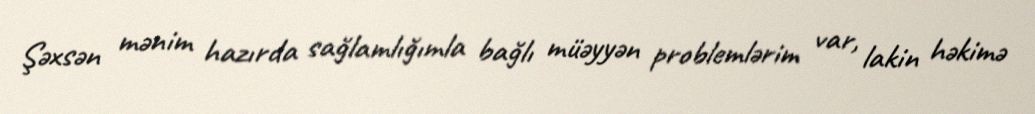
Şəxsən mənim hazırda sağlamlığımla bağlı müəyyən problemlərim var, lakin həkimə